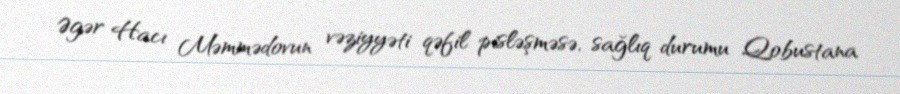
Əgər Hacı Məmmədovun vəziyyəti qəfil pisləşməsə, sağlıq durumu Qobustana